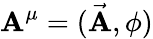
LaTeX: \mathbf{A}^{\mu}=({\vec{{\mathbf{A}}}},\phi)